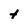
Character: t